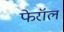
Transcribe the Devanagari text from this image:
फेरॉल